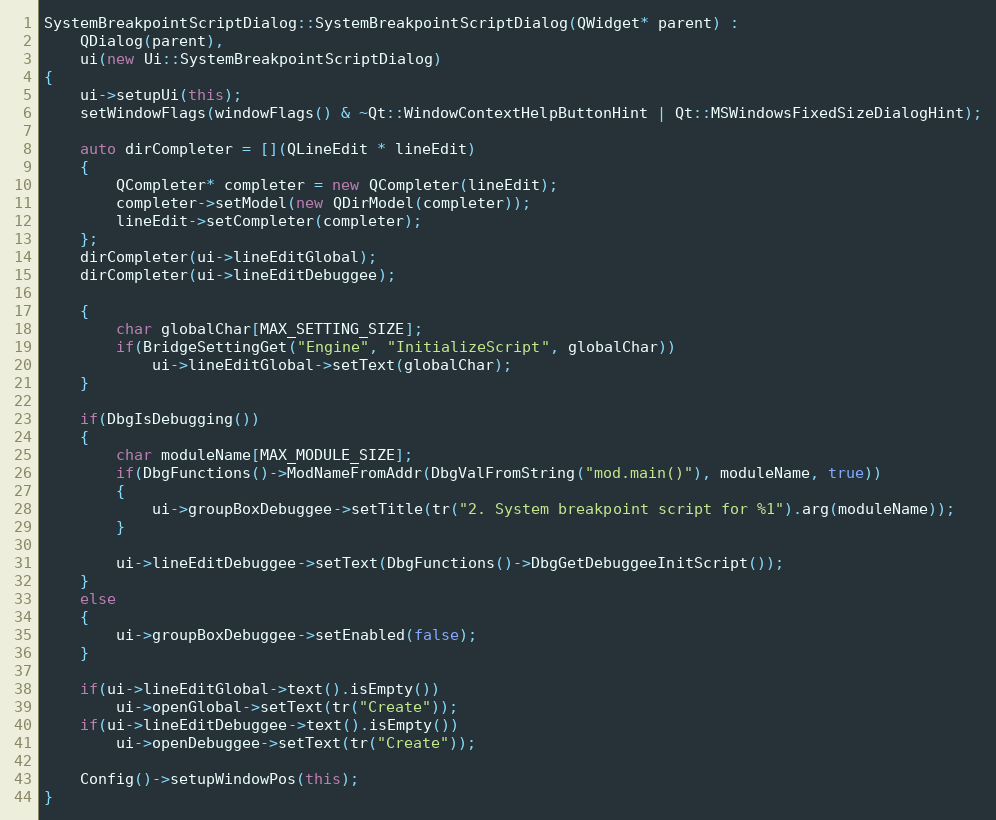
Language: C++
SystemBreakpointScriptDialog::SystemBreakpointScriptDialog(QWidget* parent) :
    QDialog(parent),
    ui(new Ui::SystemBreakpointScriptDialog)
{
    ui->setupUi(this);
    setWindowFlags(windowFlags() & ~Qt::WindowContextHelpButtonHint | Qt::MSWindowsFixedSizeDialogHint);

    auto dirCompleter = [](QLineEdit * lineEdit)
    {
        QCompleter* completer = new QCompleter(lineEdit);
        completer->setModel(new QDirModel(completer));
        lineEdit->setCompleter(completer);
    };
    dirCompleter(ui->lineEditGlobal);
    dirCompleter(ui->lineEditDebuggee);

    {
        char globalChar[MAX_SETTING_SIZE];
        if(BridgeSettingGet("Engine", "InitializeScript", globalChar))
            ui->lineEditGlobal->setText(globalChar);
    }

    if(DbgIsDebugging())
    {
        char moduleName[MAX_MODULE_SIZE];
        if(DbgFunctions()->ModNameFromAddr(DbgValFromString("mod.main()"), moduleName, true))
        {
            ui->groupBoxDebuggee->setTitle(tr("2. System breakpoint script for %1").arg(moduleName));
        }

        ui->lineEditDebuggee->setText(DbgFunctions()->DbgGetDebuggeeInitScript());
    }
    else
    {
        ui->groupBoxDebuggee->setEnabled(false);
    }

    if(ui->lineEditGlobal->text().isEmpty())
        ui->openGlobal->setText(tr("Create"));
    if(ui->lineEditDebuggee->text().isEmpty())
        ui->openDebuggee->setText(tr("Create"));

    Config()->setupWindowPos(this);
}